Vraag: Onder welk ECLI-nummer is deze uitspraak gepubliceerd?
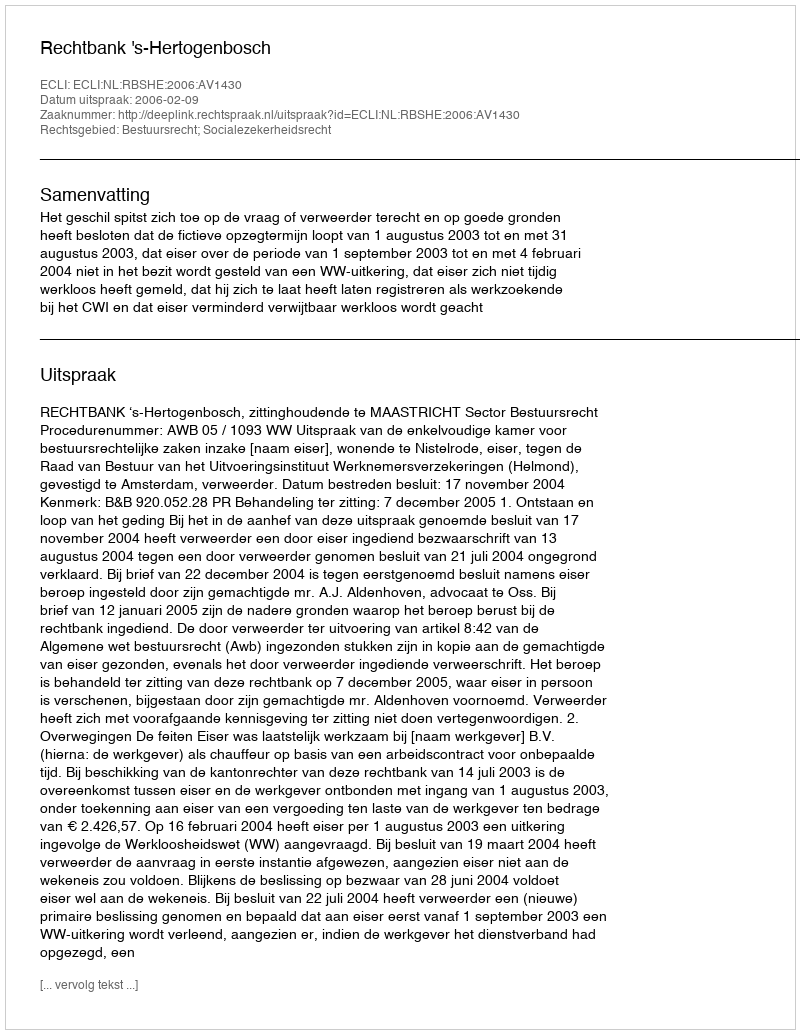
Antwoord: ECLI:NL:RBSHE:2006:AV1430